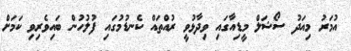
އުމަރު މިއަދު ސޯޝަލް މީޑިއާގައި ވިދާޅުވީ ރުއްތައް ކެނޑުމުގައި ފުލުހުން ބައިވެރިވި ކަމަށް